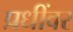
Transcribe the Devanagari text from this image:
प्रधींवर